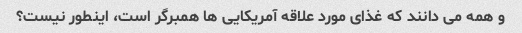
و همه می دانند که غذای مورد علاقه آمریکایی ها همبرگر است، اینطور نیست؟